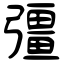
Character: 彊